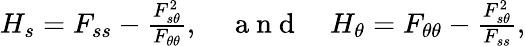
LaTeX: \begin{array}{r}{H_{s}=F_{ss}-\frac{F_{s\theta}^{2}}{F_{\theta\theta}},\quad\mathrm{~a~n~d~}\quad H_{\theta}=F_{\theta\theta}-\frac{F_{s\theta}^{2}}{F_{ss}},}\end{array}